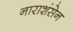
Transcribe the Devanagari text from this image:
नाराशंसेन